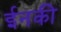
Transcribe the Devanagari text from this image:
ईनकी